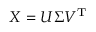
X = U \Sigma V ^ { \mathrm { { T } } }